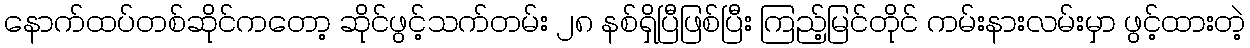
နောက်ထပ်တစ်ဆိုင်ကတော့ ဆိုင်ဖွင့်သက်တမ်း ၂၈ နစ်ရှိပြီဖြစ်ပြီး ကြည့်မြင်တိုင် ကမ်းနားလမ်းမှာ ဖွင့်ထားတဲ့